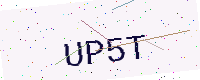
Text: UP5T